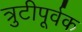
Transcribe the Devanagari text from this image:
त्रुटीपूर्वक